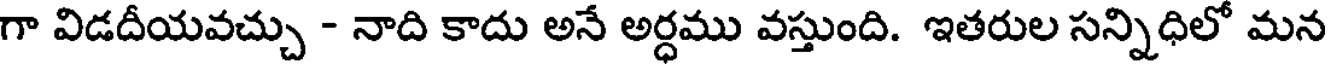
గా విడదీయవచ్చు - నాది కాదు అనే అర్ధము వస్తుంది. ఇతరుల సన్నిధిలో మన